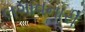
લગાવનારી